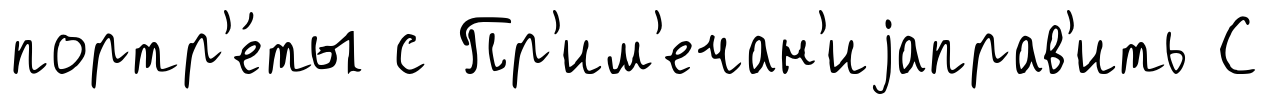
портр'е́ты с Пр'им'ечан'иjаправ'ить С